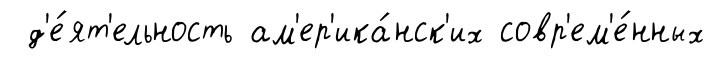
д'е́ят'ельность ам'ер'ика́нск'их совр'ем'е́нных